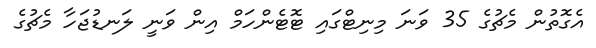
އެގޮތުން މެޗުގެ 35 ވަނަ މިނިޓްގައި ޓޮޓެންހަމް އިން ވަނީ ލަނޑުޖަހާ މެޗުގެ